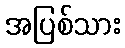
အပြစ်သား